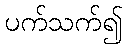
ပက်သက်၍